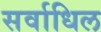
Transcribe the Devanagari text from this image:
सर्वाधिल